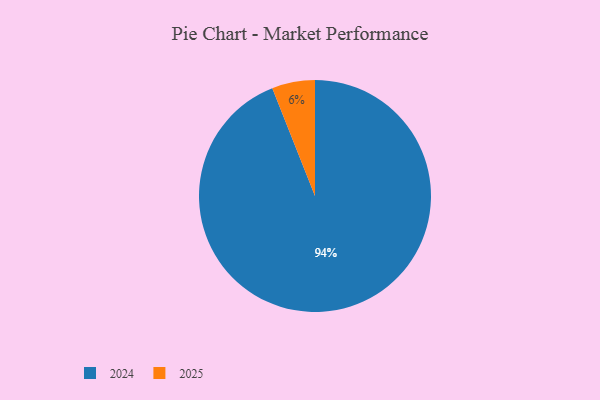
{"axis": {"x": "Category", "y": "Percentage"}, "legend": ["2024", "2025"], "data": [{"x": "2025", "y": 6, "type": "2025"}, {"x": "2024", "y": 94, "type": "2024"}]}